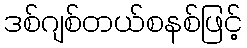
ဒစ်ဂျစ်တယ်စနစ်ဖြင့်